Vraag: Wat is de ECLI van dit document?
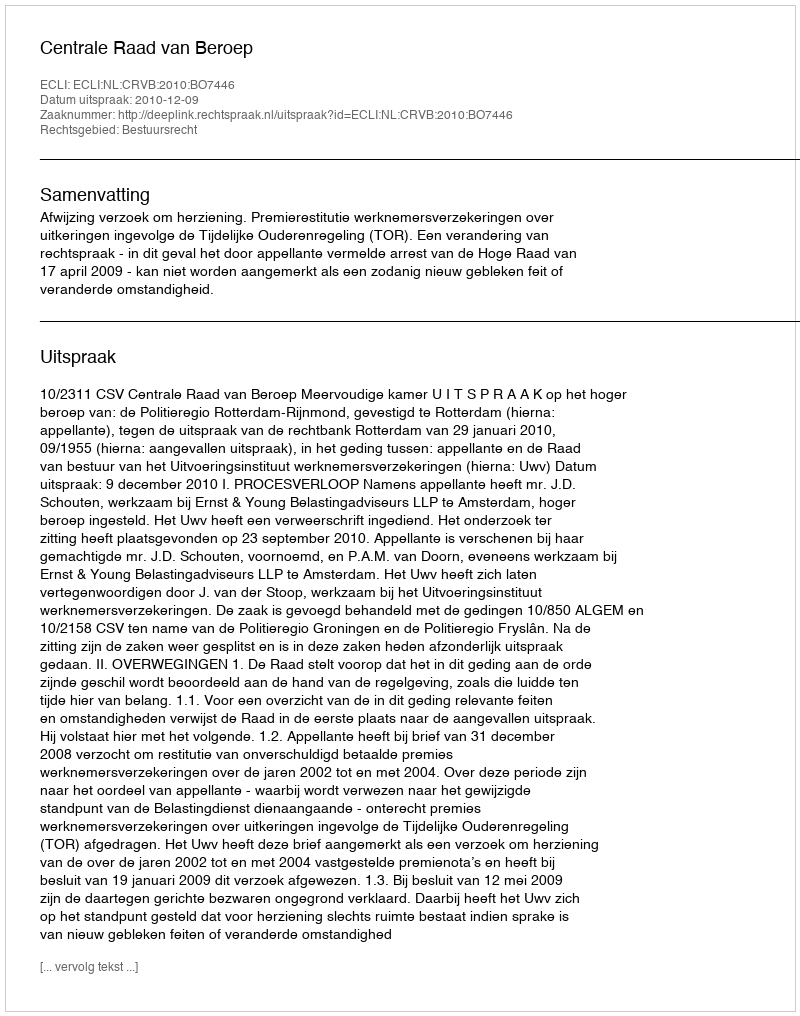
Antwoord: ECLI:NL:CRVB:2010:BO7446